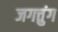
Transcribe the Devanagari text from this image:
जगत्तुंग